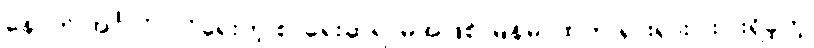
နောက် အင်္ဂလိပ်လိုရေးတဲ့ စာရေးဆရာမအဖြစ် မြန်မာထဲက ရှားရှားပါးပါးရှိခဲ့တဲ့